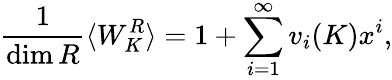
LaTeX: {\frac{1}{\mathrm{dim}\, R}}\langle W_{K}^{R}\rangle=1+\sum_{i=1}^{\infty}v_{i}(K)x^{i},